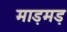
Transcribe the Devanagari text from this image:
माड़मड़